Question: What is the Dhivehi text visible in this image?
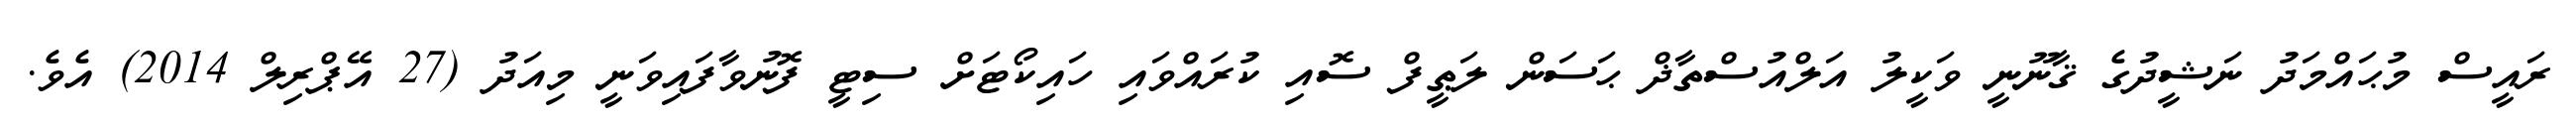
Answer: ރައީސް މުޙައްމަދު ނަޝީދުގެ ޤާނޫނީ ވަކީލު އަލްއުސްތާޛް ޙަސަން ލަޠީފް ސޮއި ކުރައްވައި ހައިކޯޓަށް ސިޓީ ފޮނުވާފައިވަނީ މިއަދު (27 އޭޕްރިލް 2014) އެވެ.